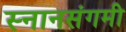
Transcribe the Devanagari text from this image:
स्नानसंगमी